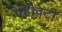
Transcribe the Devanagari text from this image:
वहीवटी